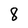
Character: 8